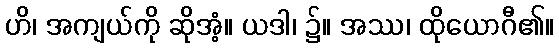
ဟိ၊ အကျယ်ကို ဆိုအံ့။ ယဒါ၊ ၌။ အဿ၊ ထိုယောဂီ၏။